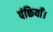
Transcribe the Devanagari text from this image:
पंक्तियाँ।